Civil Veterinary Department. Madras. Admin. report 1926-33 - 1926-1933
Year: 1926
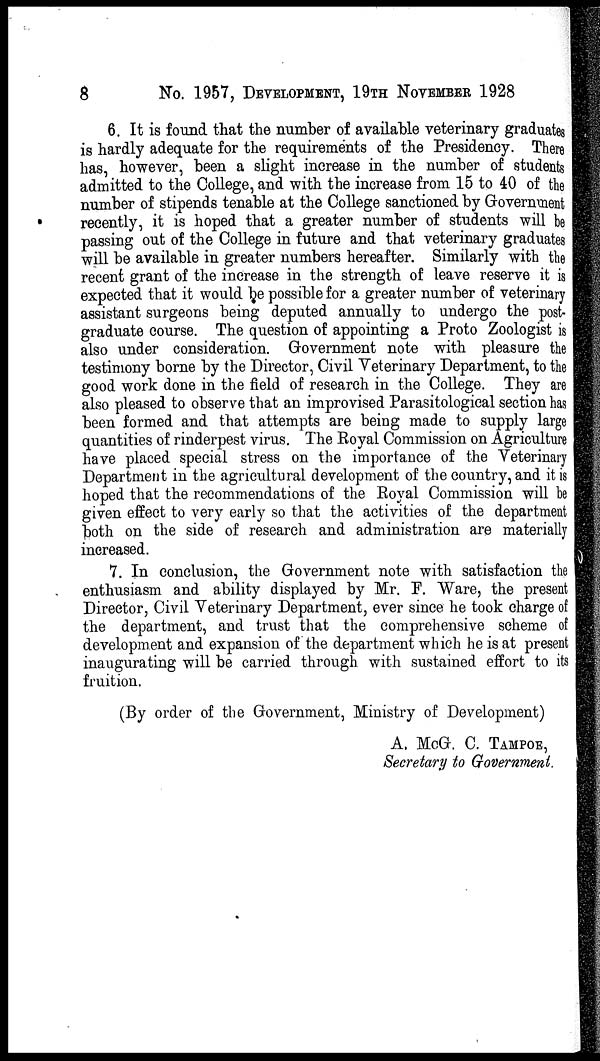
8
No. 1957, DEVELOPMENT, 19TH NOVEMBER 1928
6. It is found that the number of available veterinary graduates
is hardly adequate for the requirements of the Presidency. There
has, however, been a slight increase in the number of students
admitted to the College, and with the increase from 15 to 40 of the
number of stipends tenable at the College sanctioned by Government
recently, it is hoped that a greater number of students will be
passing out of the College in future and that veterinary graduates
will be available in greater numbers hereafter. Similarly with the
recent grant of the increase in the strength of leave reserve it is
expected that it would be possible for a greater number of veterinary
assistant surgeons being deputed annually to undergo the post-
graduate course. The question of appointing a Proto Zoologist is
also under consideration. Government note with pleasure the
testimony borne by the Director, Civil Veterinary Department, to the
good work done in the field of research in the College. They are
also pleased to observe that an improvised Parasitological section has
been formed and that attempts are being made to supply large
quantities of rinderpest virus. The Royal Commission on Agriculture
have placed special stress on the importance of the Veterinary
Department in the agricultural development of the country, and it is
hoped that the recommendations of the Royal Commission will be
given effect to very early so that the activities of the department
both on the side of research and administration are materially
increased.
7. In conclusion, the Government note with satisfaction the
enthusiasm and ability displayed by Mr. P. Ware, the present
Director, Civil Veterinary Department, ever since he took charge of
the department, and trust that the comprehensive scheme of
development and expansion of the department which he is at present
inaugurating will be carried through with sustained effort to its
fruition.
(By order of the Government, Ministry of Development)
A. McG. C. TAMPOE,
Secretary to Government.